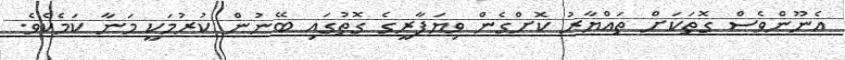
އެނޫންވެސް ގޮތަކަށް ތައްޔާރު ކޮށްގެން ވިޔަފާރީގެ ގޮތުގައި ބޭނުން ކުރުމަކީ މަނާ ކަމެކެވެ.